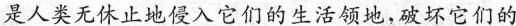
是人类无休止地侵入它们的生活领地，破坏它们的